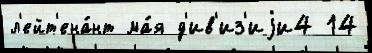
л'ейт'ена́нт ма́я д'ив'из'иjи4 14